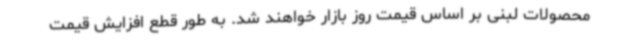
محصولات لبنی بر اساس قیمت روز بازار خواهند شد. به طور قطع افزایش قیمت